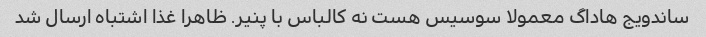
ساندویج هاداگ معمولا سوسیس هست نه کالباس با پنیر. ظاهرا غذا اشتباه ارسال شد